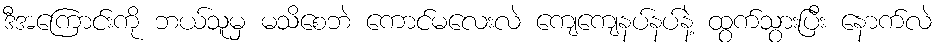
ဒီအကြောင်းကို ဘယ်သူမှ မသိစေဘဲ ကောင်မလေးလဲ ကျေကျေနပ်နပ်နဲ့ ထွက်သွားပြီး နောက်လဲ